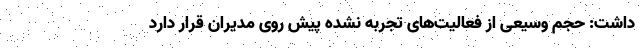
داشت: حجم وسیعی از فعالیت‌های تجربه نشده پیش روی مدیران قرار دارد